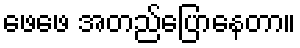
ဖေဖေ အတည်ပြောနေတာ။